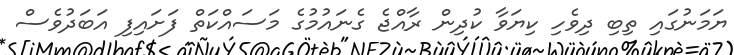
ޔަމަނުގައި ތިބި ދިވެހި ކިިޔަވާ ކުދިން ރާއްޖެ ގެނައުމުގެ މަސައްކަތް ފަށައިފި އަބަދުވެސް